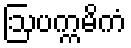
ဩပက္ကမိကံ